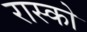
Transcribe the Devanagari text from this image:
रास्को